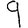
Digit: 9